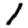
Digit: 1